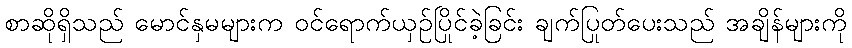
စာဆိုရှိသည် မောင်နှမများက ဝင်ရောက်ယှဉ်ပြိုင်ခဲ့ခြင်း ချက်ပြုတ်ပေးသည် အချိန်များကို